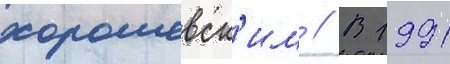
хорошевск'им // В 1991